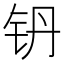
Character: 𮷼